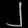
Digit: ၂